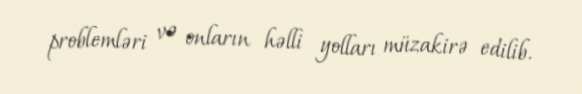
problemləri və onların həlli yolları müzakirə edilib.